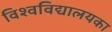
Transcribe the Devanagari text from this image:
विश्वविद्यालयका